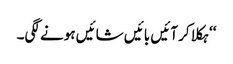
‘‘ ہکلا کر آئیں بائیں شائیں ہونے لگی۔